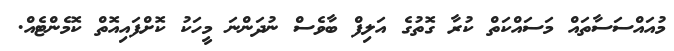
މުއައްސަސާތައް މަސައްކަތް ކުރާ ގޮތުގެ އަލިފް ބާވެސް ނުދަންނަ މީހަކު ކޮށްފައިއޮތް ކޮމެންޓެއް.